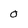
Character: 0